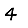
Digit: 4